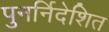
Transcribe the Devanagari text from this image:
पुनर्निदेशित